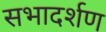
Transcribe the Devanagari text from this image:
सभादर्शण